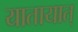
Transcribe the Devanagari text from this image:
यातायात्